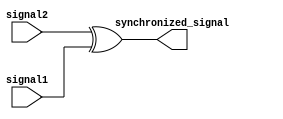
module Timing_Control_Synchronization_Block(
    input signal1,
    input signal2,
    output synchronized_signal
);

reg delayed_signal;

// Implementing delay using a simple buffer
buf #(1) buf_delay (
    .in(signal1),
    .out(delayed_signal)
);

// XOR gate to compare two signals
assign synchronized_signal = signal2 ^ delayed_signal;

endmodule